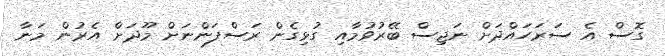
ގޮސް އެ ސަރަހައްދަށް ނަޖިސް ބޭރުވުމާއި ގުޅިގެން ރަސްފަންނަށް މޫދަށް އެރުން މަނާ